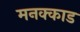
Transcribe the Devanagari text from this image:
मनक्काड